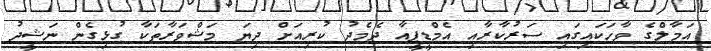
އަމާލްގެ ވާހަކައިގައި ސަރުކާރާއި އެމްޑީޕީއާ ދެމެދު ކުރިއަށް ދިޔަ މަޝްވަރާތަކާ ގުޅިގެން ނަޝީދު